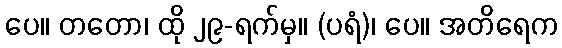
ပေ။ တတော၊ ထို ၂၉-ရက်မှ။ (ပရံ)၊ ပေ။ အတိရေက